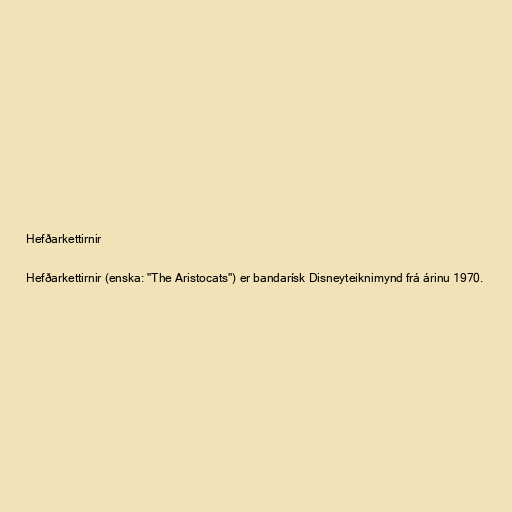
Hefðarkettirnir

Hefðarkettirnir (enska: "The Aristocats") er bandarísk Disneyteiknimynd frá árinu 1970.